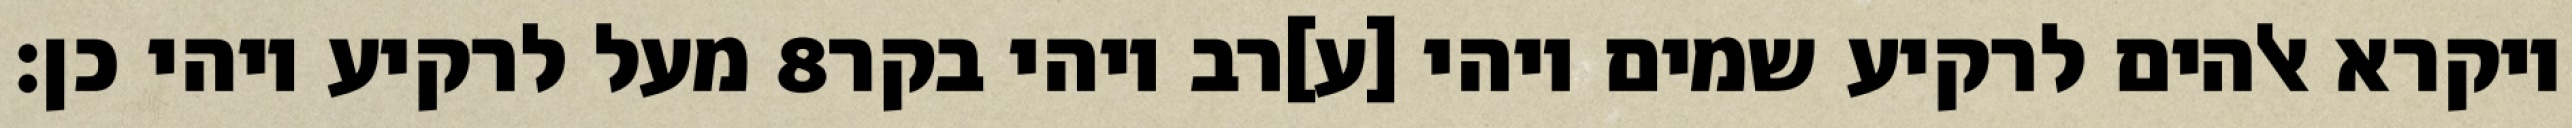
מעל לרקיע ויהי כן׃ ‎8‏ ויקרא אלהים לרקיע שמים ויהי [ע]רב ויהי בקר